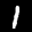
Label: 1